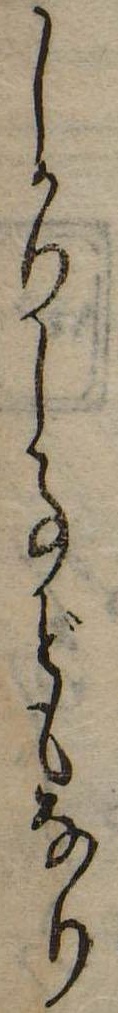
しかりし事どもなり